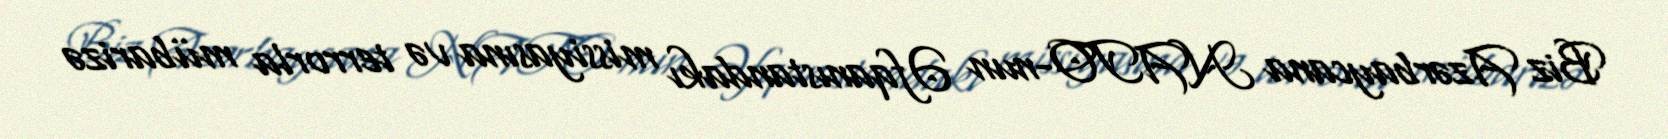
Biz Azərbaycana NATO-nun Əfqanıstandakı missiyasına və terrorla mübarizə